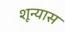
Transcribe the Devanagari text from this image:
शून्यास